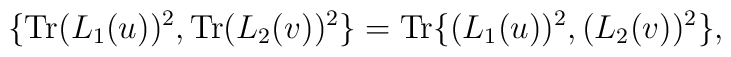
\{{\rm Tr}(L_1 (u))^2,{\rm Tr}(L_2 (v))^2\}={\rm Tr}\{(L_1 (u))^2 , (L_2 (v))^2\},